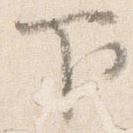
下